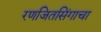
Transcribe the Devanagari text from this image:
रणजितसिंगाचा